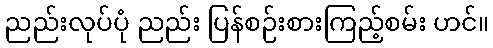
ညည်းလုပ်ပုံ ညည်း ပြန်စဉ်းစားကြည့်စမ်း ဟင်။